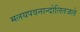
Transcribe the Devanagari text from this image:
मलयपवनान्दोलितजले